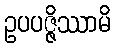
ဥပပဇ္ဇိဿာမိ